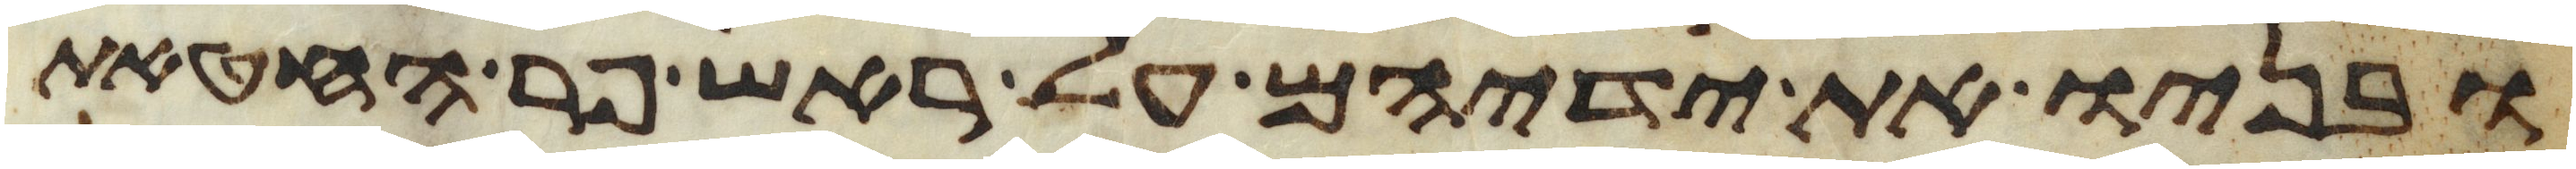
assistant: ובניו את ידיהם על ראש פר החטאת